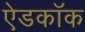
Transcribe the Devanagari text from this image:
ऐडकॉक